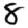
Digit: 8